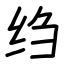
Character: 绉